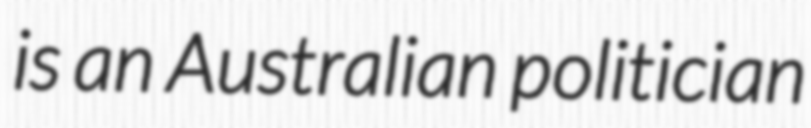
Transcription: is an Australian politician